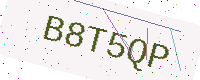
Text: B8T5QP